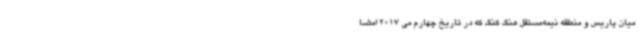
میان پاریس و منطقه نیمه‌مستقل هنگ کنگ که در تاریخ چهارم می 2017 امضا